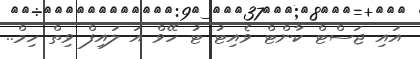
އައި ޖަސްޓް ކާންޓް ވެއިޓު ޓު ހޭވް އަ ލައިފް ވިތް ހިމް..